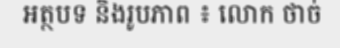
អត្ថបទ និងរូបភាព ៖ លោក ថាច់